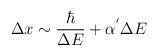
\begin{align*}\Delta x \sim \frac{\hbar}{\Delta E}+\alpha^{'}\Delta E\end{align*}